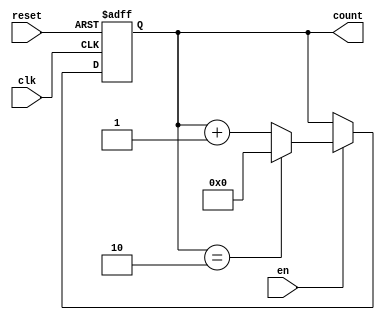
`timescale 1ns / 1ps
//////////////////////////////////////////////////////////////////////////////////
// Company: 
// Engineer: 
// 
// Design Name: 
// Module Name: counter_n
// Project Name: 
// Target Devices: 
// Tool Versions: 
// Description: 
// 
// Dependencies: 
// 
// Revision:
// Revision 0.01 - File Created
// Additional Comments:
// 
//////////////////////////////////////////////////////////////////////////////////


module counter_n #(parameter x=4,n=3)( input clk, input reset, input en,output reg[x-1:0]count);
 
always @(posedge clk, posedge reset) begin

 if (reset == 1)
 count <= 0; // non-blocking assignment  // initialize flip flop here
 else begin
 if(en) 
        begin
       if(count== n -1)
        count <= 0;
        else count <= count + 1; // non-blocking assignment  // normal operation
        end    
    end
end
endmodule